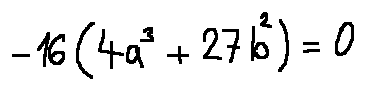
- 1 6 ( 4 a ^ { 3 } + 2 7 b ^ { 2 } ) = 0